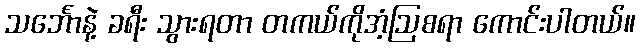
သင်္ဘောနဲ့ ခရီး သွားရတာ တကယ်ကိုအံ့ဩစရာ ကောင်းပါတယ်။